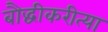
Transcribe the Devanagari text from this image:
बौद्धीकरीत्या